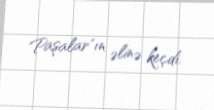
Paşalar"ın əlinə keçdi.